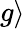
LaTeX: g\rangle